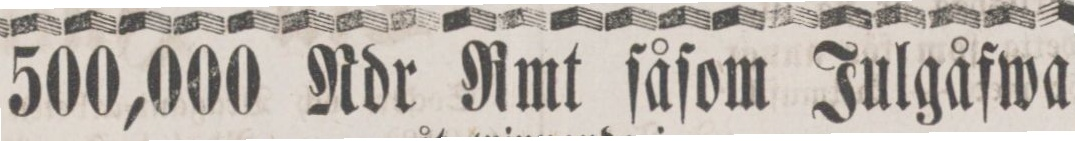
500,000 Rdr Rmt ſåſom Julgåfwa